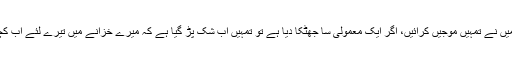
ساری عمر مَیں نے تمہیں موجیں کرائیں، اگر ایک معمولی سا جھٹکا دیا ہے تو تمہیں اب شک پڑ گیا ہے کہ میرے خزانے میں تیرے لئے اب کچھ نہیں رہا‘‘۔